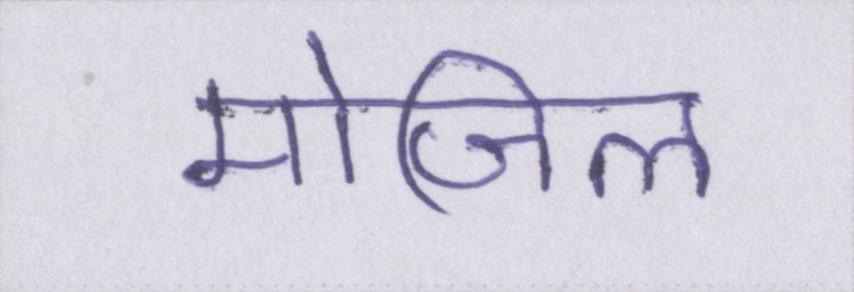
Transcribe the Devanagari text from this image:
मोजिला